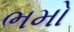
ભમો